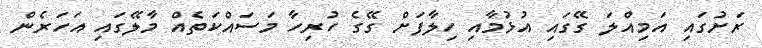
ރަށުގައި އަމިއްލަ ގޭގައި އުޅުމާއި ހިލާފަށް ގޭގެ ހުރިހާ މަސައްކަތެއް މާލޭގައި އަހަރެން